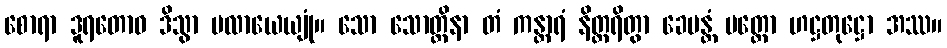
စောရာ ဒူရတောဝ ဒိသွာ ပလာယေယျုံ။ သော သောတ္ထိနာ တံ ကန္တာရံ နိတ္ထရိတွာ ခေမန္တံ ပတ္တော ဟဋ္ဌတုဋ္ဌော အဿ။